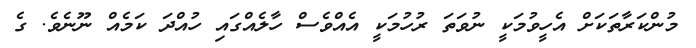
މުންކަރާތަކަށް އެހީވުމަކީ ނުވަތަ ރުހުމަކީ އެއްވެސް ހާލެއްގައި ހުއްދަ ކަމެއް ނޫނެވެ. ގެ